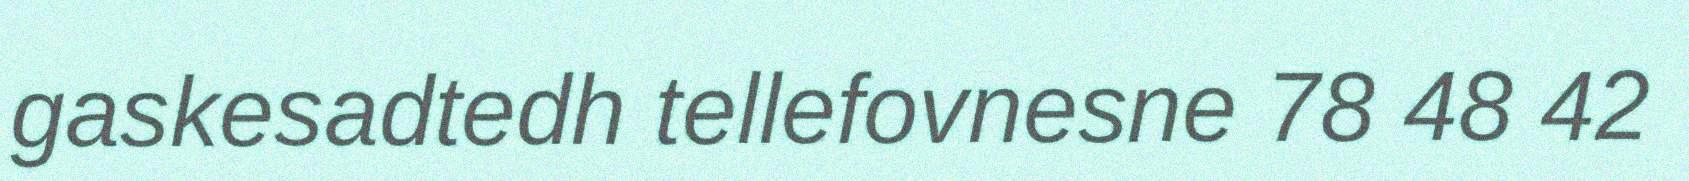
gaskesadtedh tellefovnesne 78 48 42